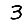
Digit: 3